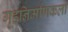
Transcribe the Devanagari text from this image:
गृहनिर्माणकला